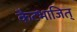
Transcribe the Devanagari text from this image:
कैटभाजित्